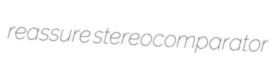
reassure stereocomparator